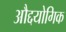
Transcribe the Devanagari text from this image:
औद्दयोगिक